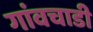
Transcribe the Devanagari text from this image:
गांवचाडी